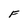
Character: F